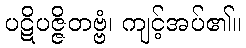
ပဋိပဇ္ဇိတဗ္ဗံ၊ ကျင့်အပ်၏။